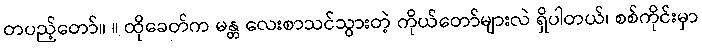
တပည့်တော်။ ။ ထိုခေတ်က မန္တ လေးစာသင်သွားတဲ့ ကိုယ်တော်များလဲ ရှိပါတယ်၊ စစ်ကိုင်းမှာ